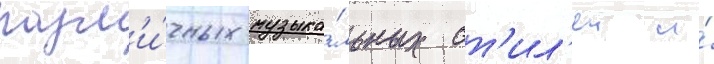
разл'и́чных музыка́льных ст'ил'еи и́